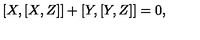
[ X , [ X , Z ] ] + [ Y , [ Y , Z ] ] = 0 ,